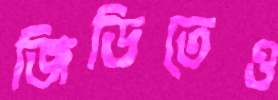
জিডিতেও